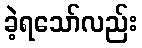
ခဲ့ရသော်လည်း